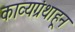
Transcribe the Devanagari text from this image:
काव्यग्रंथाहून